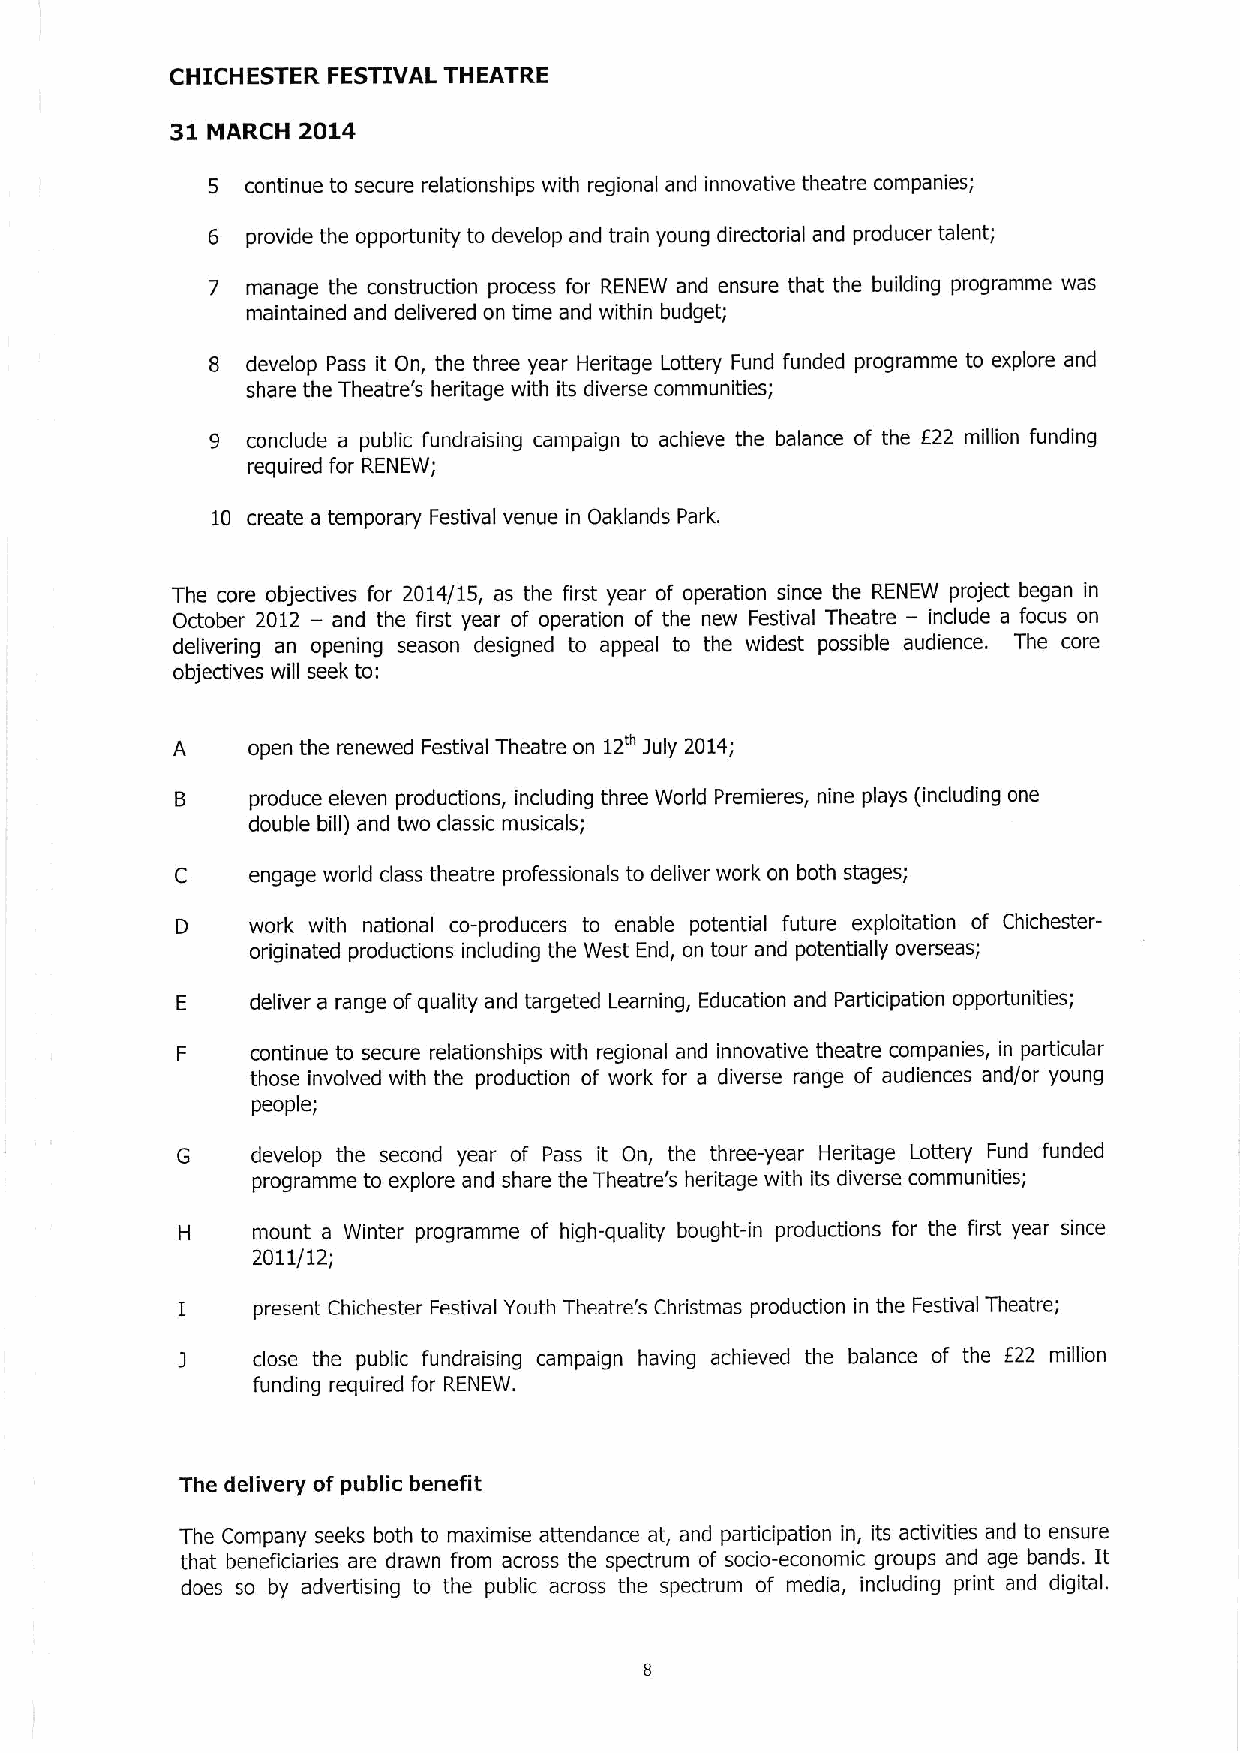
CHICHESTER FESTIVAL THEATRE
 31       2014
 MARCH
 5 continue to secure relationships with regional and innovative theatre companies;
 6 provide the opportunity to develop and train young directorial and producer talent;
 7 manage the construction process for RENEW and ensure that the building programme was
 maintained and delivered on time and within budget;
 8 develop Pass it On, the three year Heritage Lottery Fund funded programme to explore and
 share the Theatre's heritage with its diverse communities;
 9 conclude a public fundraising campaign to achieve the balance of the 822 million funding
 required for RENEW;
 10 create a temporary Festival venue in Oaklands Park.
 The core objectives for 2014/15, as the first year of operation since the RENEW project began in
 October 2012 — and the first year of operation of the new Festival Theatre — include a focus on
 delivering an opening season designed to appeal to the widest possible audience. The core
 objectives will seek to:
 A    open the renewed Festival Theatre on 12'" july 2014;
 8   produce eleven productions, including three World Premieres, nine plays (including one
 double bill) and two classic musicals;
 C   engage world class theatre professionals to deliver work on both stages;
 D   work with national co-producers to enable potential future exploitation of Chichester-
 originated productions including the West End, on tour and potentially overseas;
 E    deliver a range ofquality and targeted Learning, Education and Participation opportunities;
 F    continue to secure relationships with regional and innovative theatre companies, in particular
 those involved with the production of work for a diverse range of audiences and/or young
 people;
 G    develop the second year of Pass it On, the three-year Heritage Lottery Fund funded
 programme to explore and share the Theatre's heritage with its diverse communities;
 mount a Winter programme of high-quality bought-in productions for the first year since
 2011/12;
 present Chichester Festival Youth Theatre's Christmas production in the Festival Theatre;
 close the public fundraising campaign having achieved the balance of the E22 million
 funding required for RENEW.
 The delivery of public benefit
 The Company seeks both to maximise attendance at, and participation in, its activities and to ensure
 that beneficiaries are drawn from across the spectrum of socio-economic groups and age bands. It
 does so by advertising to the public across the spectrum of media, including print and digital.